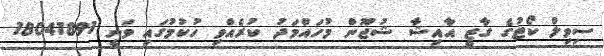
ސިވިލް ކޯޓުގެ ގާޒީ އާއިޝާ ޝުޖޫން މުހައްމަދު ކުރެއްވި ހުކުމުގައި ވަނީ 18041891